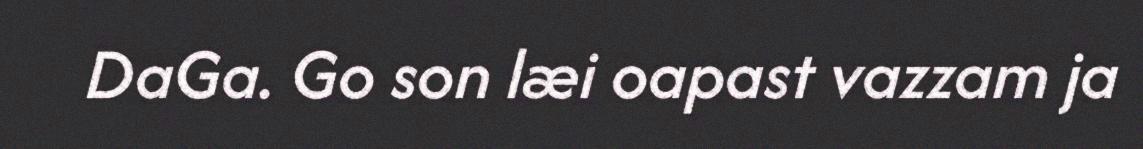
DaGa. Go son læi oapast vazzam ja